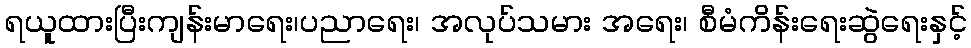
ရယူထားပြီးကျန်းမာရေး၊ပညာရေး၊ အလုပ်သမား အရေး၊ စီမံကိန်းရေးဆွဲရေးနှင့်